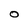
Character: O